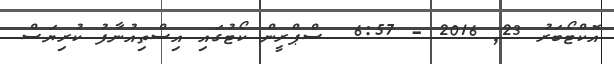
އޮކްޓޯބަރު 23